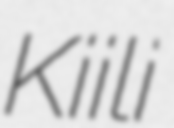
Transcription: Kiili